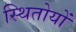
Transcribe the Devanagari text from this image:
स्थितोयों